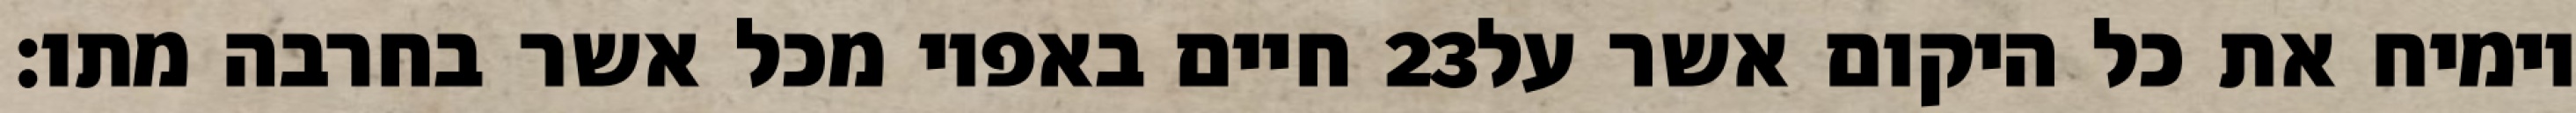
חיים באפיו מכל אשר בחרבה מתו׃ ‎23‏ וימיח את כל היקום אשר על